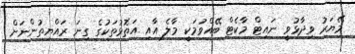
މޭޔަރު ވިދާޅުވީ ނައިޓް މާކެޓް ބޭއްވުމަކީ މާލެ އާއި އަތޮޅުތަކުގެ ގިނަ ރައްޔިތުންނަށް